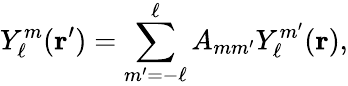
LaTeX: Y_{\ell}^{m}({\mathbf{r}}^{\prime})=\sum_{m^{\prime}=-\ell}^{\ell}A_{mm^{\prime}}Y_{\ell}^{m^{\prime}}({\mathbf{r}}),